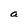
Character: a